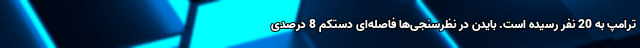
ترامپ به 20 نفر رسیده است. بایدن در نظرسنجی‌ها فاصله‌ای دستکم 8 درصدی